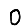
Digit: 0